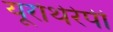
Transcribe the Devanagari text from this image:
यूरोथेरेपी